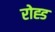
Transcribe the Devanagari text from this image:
रोह्ड